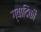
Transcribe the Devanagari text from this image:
ग्वादिकी